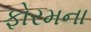
ફોરમના